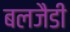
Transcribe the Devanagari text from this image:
बलजैडी